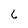
Character: 6